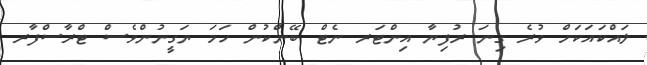
ލައްކައަކަށް ވުރެ ގިނަ ރުފިޔާ އިންޓަރ ނެޓް ބޭންކުން ހަމަ ޔަގީނުންވެސް ޓްރާސްފާރ